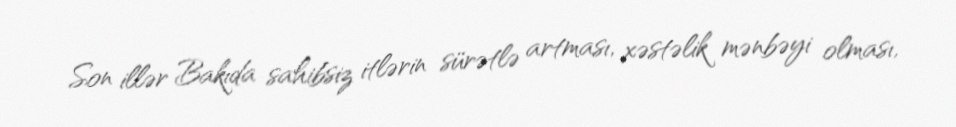
Son illər Bakıda sahibsiz itlərin sürətlə artması, xəstəlik mənbəyi olması,